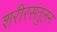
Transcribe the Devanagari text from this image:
शरीरसंतुलन